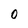
Character: 0